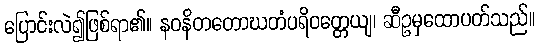
ပြောင်းလဲ၍ဖြစ်ရာ၏။ နဝနိတတောဃတံပရိဝတ္တေယျ၊ ဆီဥမှထောပတ်သည်။